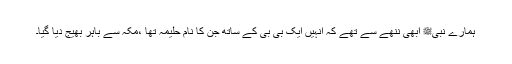
ہمارے نبیﷺ ابھی ننھے سے تھے کہ انہیں ایک بی بی کے ساتھ جن کا نام حلیمہ تھا ،مکہ سے باہر بھیج دیا گیا۔